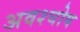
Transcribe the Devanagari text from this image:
अवश्घोष